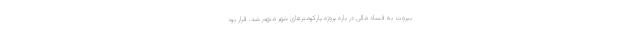
بیروت به فساد مالی در باره پروژه پارکومترهای شهر متهم شد. قرار بود